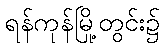
ရန်ကုန်မြို့တွင်း၌